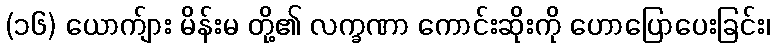
(၁၆) ယောက်ျား မိန်းမ တို့၏ လက္ခဏာ ကောင်းဆိုးကို ဟောပြောပေးခြင်း၊